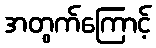
အတွက်ကြောင့်